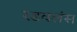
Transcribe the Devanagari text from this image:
रडवलंस